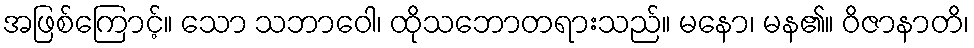
အဖြစ်ကြောင့်။ သော သဘာဝေါ၊ ထိုသဘောတရားသည်။ မနော၊ မန၏။ ဝိဇာနာတိ၊